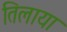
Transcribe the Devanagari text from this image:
तिलाया